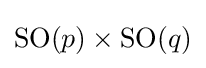
\mathrm {SO} (p)\times \mathrm {SO} (q)